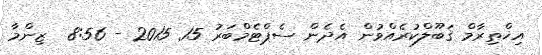
އިޚްތިރާމް ޤަބޫލްކުރެއްވުން އެދެން ސެޕްޓެމްބަރު 15